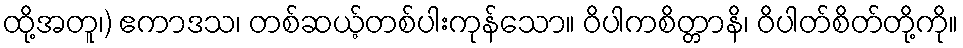
ထို့အတူ၊) ဧကာဒသ၊ တစ်ဆယ့်တစ်ပါးကုန်သော။ ဝိပါကစိတ္တာနိ၊ ဝိပါတ်စိတ်တို့ကို။